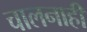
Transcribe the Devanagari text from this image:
चालनाही